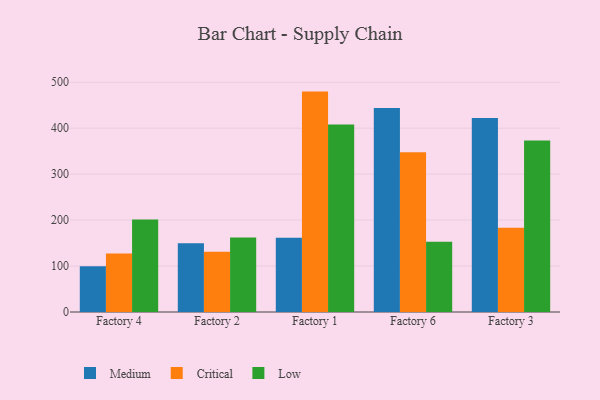
{"axis": {"x": "Factory", "y": "Revenue (USD Million)"}, "legend": ["Critical", "Low", "Medium"], "data": [{"x": "Factory 4", "y": 99.5, "type": "Medium"}, {"x": "Factory 4", "y": 127.2, "type": "Critical"}, {"x": "Factory 4", "y": 201.4, "type": "Low"}, {"x": "Factory 2", "y": 149.4, "type": "Medium"}, {"x": "Factory 2", "y": 131.0, "type": "Critical"}, {"x": "Factory 2", "y": 162.3, "type": "Low"}, {"x": "Factory 1", "y": 161.4, "type": "Medium"}, {"x": "Factory 1", "y": 479.6, "type": "Critical"}, {"x": "Factory 1", "y": 408.1, "type": "Low"}, {"x": "Factory 6", "y": 443.9, "type": "Medium"}, {"x": "Factory 6", "y": 347.8, "type": "Critical"}, {"x": "Factory 6", "y": 152.7, "type": "Low"}, {"x": "Factory 3", "y": 422.0, "type": "Medium"}, {"x": "Factory 3", "y": 183.4, "type": "Critical"}, {"x": "Factory 3", "y": 373.3, "type": "Low"}]}